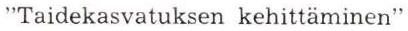
"Taidekasvatuksen kehittäminen"